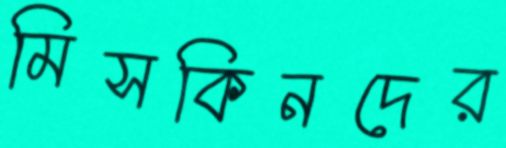
মিসকিনদের